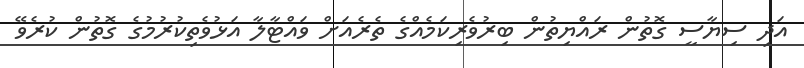
އަދި ސިޔާސީ ގޮތުން ރައްޔިތުން ބިރުވެރިކަމެއްގެ ތެރެއަށް ވައްޓާލާ އަޅުވެތިކުރުމުގެ ގޮތުން ކުރެވޭ